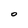
Character: O